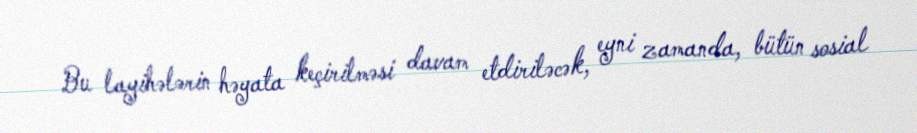
Bu layihələrin həyata keçirilməsi davam etdiriləcək, eyni zamanda, bütün sosial